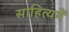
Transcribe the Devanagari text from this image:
साहित्यमें